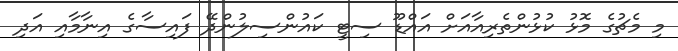
މި މެޗުގެ މޮޅު ކުޅުންތެރިއާއަށް އައްޑޫ ސިޓީ ކައުންސިލުންދޭ ފައިސާގެ އިނާމާއި އަދި